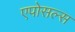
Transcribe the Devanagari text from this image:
एपोसल्स